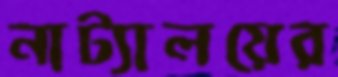
নাট্যালয়ের